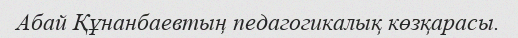
Абай Құнанбаевтың педагогикалық көзқарасы.